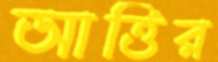
আত্তির